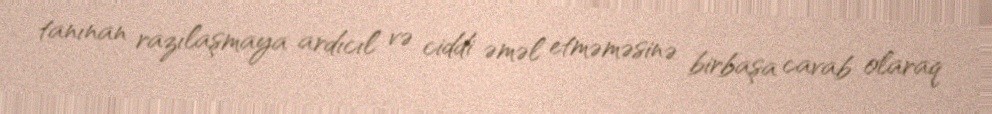
tanınan razılaşmaya ardıcıl və ciddi əməl etməməsinə birbaşa cavab olaraq